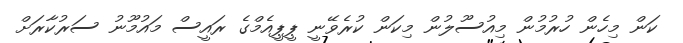
ކަން މިހެން ހުރުމުން މިއުސޫލުން މިކަން ކުރެވޭނީ ޕީޕީއެމްގެ ރައީސް މައުމޫނު ސަރުކާރަށް